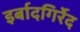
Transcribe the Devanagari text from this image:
इर्बादगिर्रेद